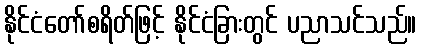
နိုင်ငံတော်စရိတ်ဖြင့် နိုင်ငံခြားတွင် ပညာသင်သည်။